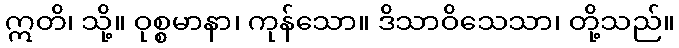
ဣတိ၊ သို့။ ဝုစ္စမာနာ၊ ကုန်သော။ ဒိသာဝိသေသာ၊ တို့သည်။